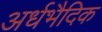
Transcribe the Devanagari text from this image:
अर्धभैदिक